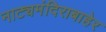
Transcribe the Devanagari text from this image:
नाट्यमंदिराबाहेर